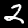
Digit: 2